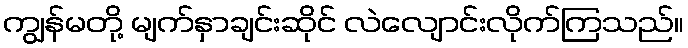
ကျွန်မတို့ မျက်နှာချင်းဆိုင် လဲလျောင်းလိုက်ကြသည်။